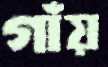
গাঁয়